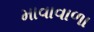
માવાવાળા